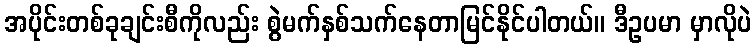
အပိုင်းတစ်ခုချင်းစီကိုလည်း စွဲမက်နှစ်သက်နေတာမြင်နိုင်ပါတယ်။ ဒီဥပမာ မှာလိုပဲ